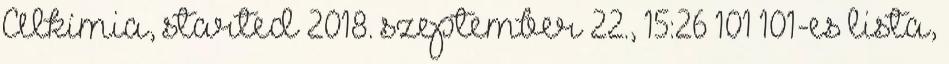
Alkímia, started 2018. szeptember 22., 15:26 ‎101 101-es lista,